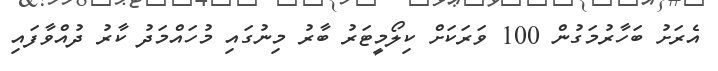
އެރަށު ބަހާރުމަގުން 100 ވަރަކަށް ކިލޯމީޓަރު ބާރު މިނުގައި މުހައްމަދު ކާރު ދުއްވާފައި